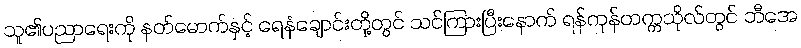
သူ၏ပညာရေးကို နတ်မောက်နှင့် ရေနံချောင်းတို့တွင် သင်ကြားပြီးနောက် ရန်ကုန်တက္ကသိုလ်တွင် ဘီအေ